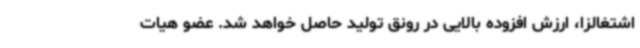
اشتغالزا، ارزش افزوده بالایی در رونق تولید حاصل خواهد شد. عضو هیات